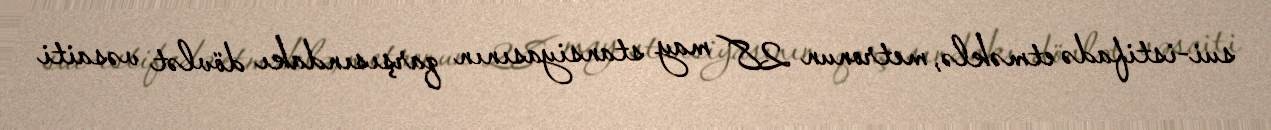
sui-istifadə etməklə, metronun 28 may stansiyasının qarşısındakı dövlət vəsaiti